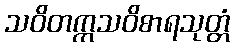
သဝိတက္ကသဝိစာရသုတ္တံ